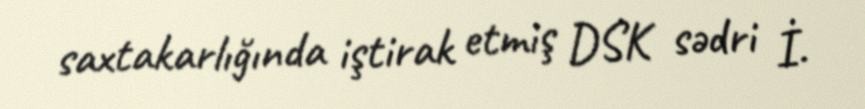
saxtakarlığında iştirak etmiş DSK sədri İ.